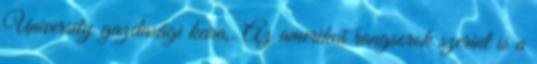
University gazdasági kara,. Az amerikai rangsorok szerint is a